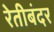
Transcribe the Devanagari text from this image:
रेतीबंदर